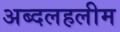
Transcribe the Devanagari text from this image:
अब्दलहलीम